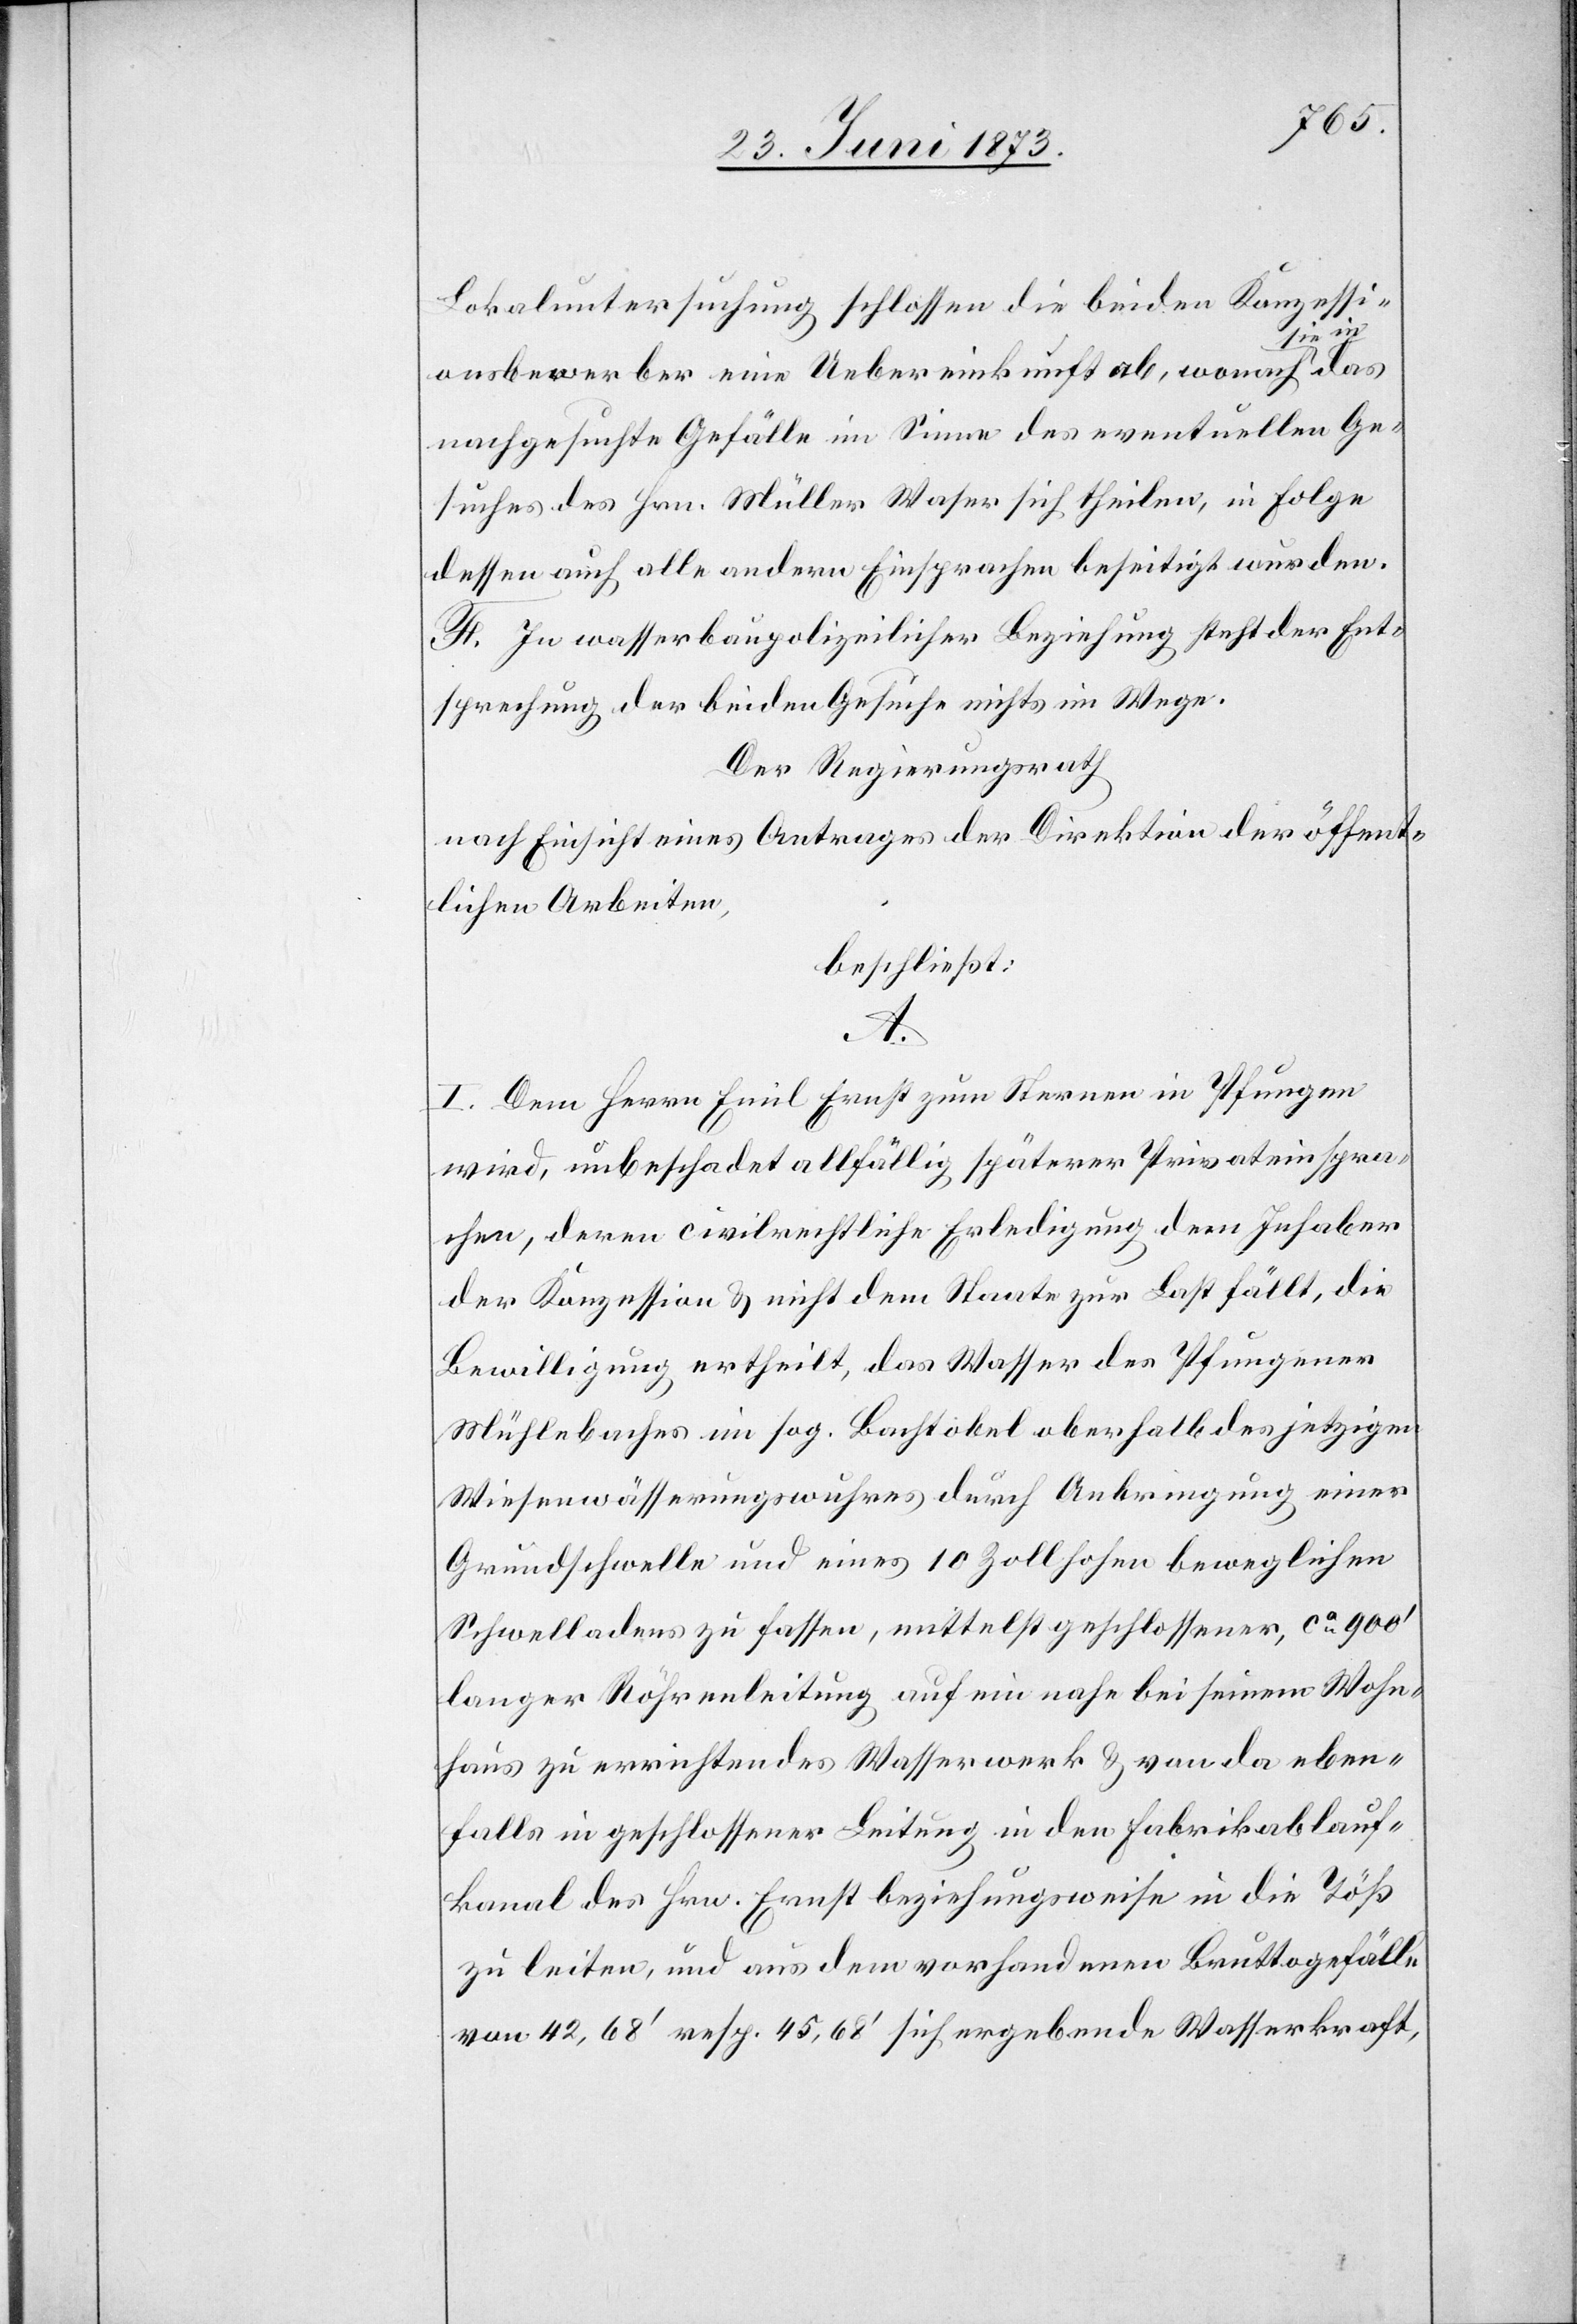
Lokaluntersuchung schlossen die beiden Konzessi¬
das
onsbewerber eine Uebereinkunft ab, wonach s¬
nachgesuchte Gefälle im Sinne des eventuellen Ge¬
suches des Hrn. Müller Waser sich theilen, in Folge
dessen auch alle andern Einsprachen beseitigt wurden.
F. In wasserbaupolizeilicher Beziehung steht der Ent¬
sprechung der beiden Gesuche nichts im Wege.
Der Regierungsrath
nach Einsicht eines Antrages der Direktion der öffent¬
lichen Arbeiten,
beschließt:
A.
I. Dem Herrn Emil Ernst zum Sternen in Pfungen
wird, unbeschadet allfällig späterer Privateinspra¬
chen, deren civilrechtliche Erledigung dem Inhaber
der Konzession & nicht dem Staate zur Last fällt, die
Bewilligung ertheilt, das Wasser des Pfungener
Mühlebaches im sog. Bachtobel oberhalb des jetzigen
Wiesenwässerungswuhres durch Anbringung einer
Grundschwelle und eines 10 Zoll hohen beweglichen
Schwelladens zu fassen, mittelst geschlossener, ca 900‘
langer Röhrenleitung auf ein nahe bei seinem Wohn¬
haus zu errichtendes Wasserwerk & von da eben¬
falls in geschlossener Leitung in den Fabrikablauf¬
kanal des Hrn. Ernst beziehungsweise in die Töß
zu leiten, und aus dem vorhandenen Bruttogefälle
von 42,68‘ resp. 45,68‘ sich ergebende Wasserkraft,